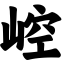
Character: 崆